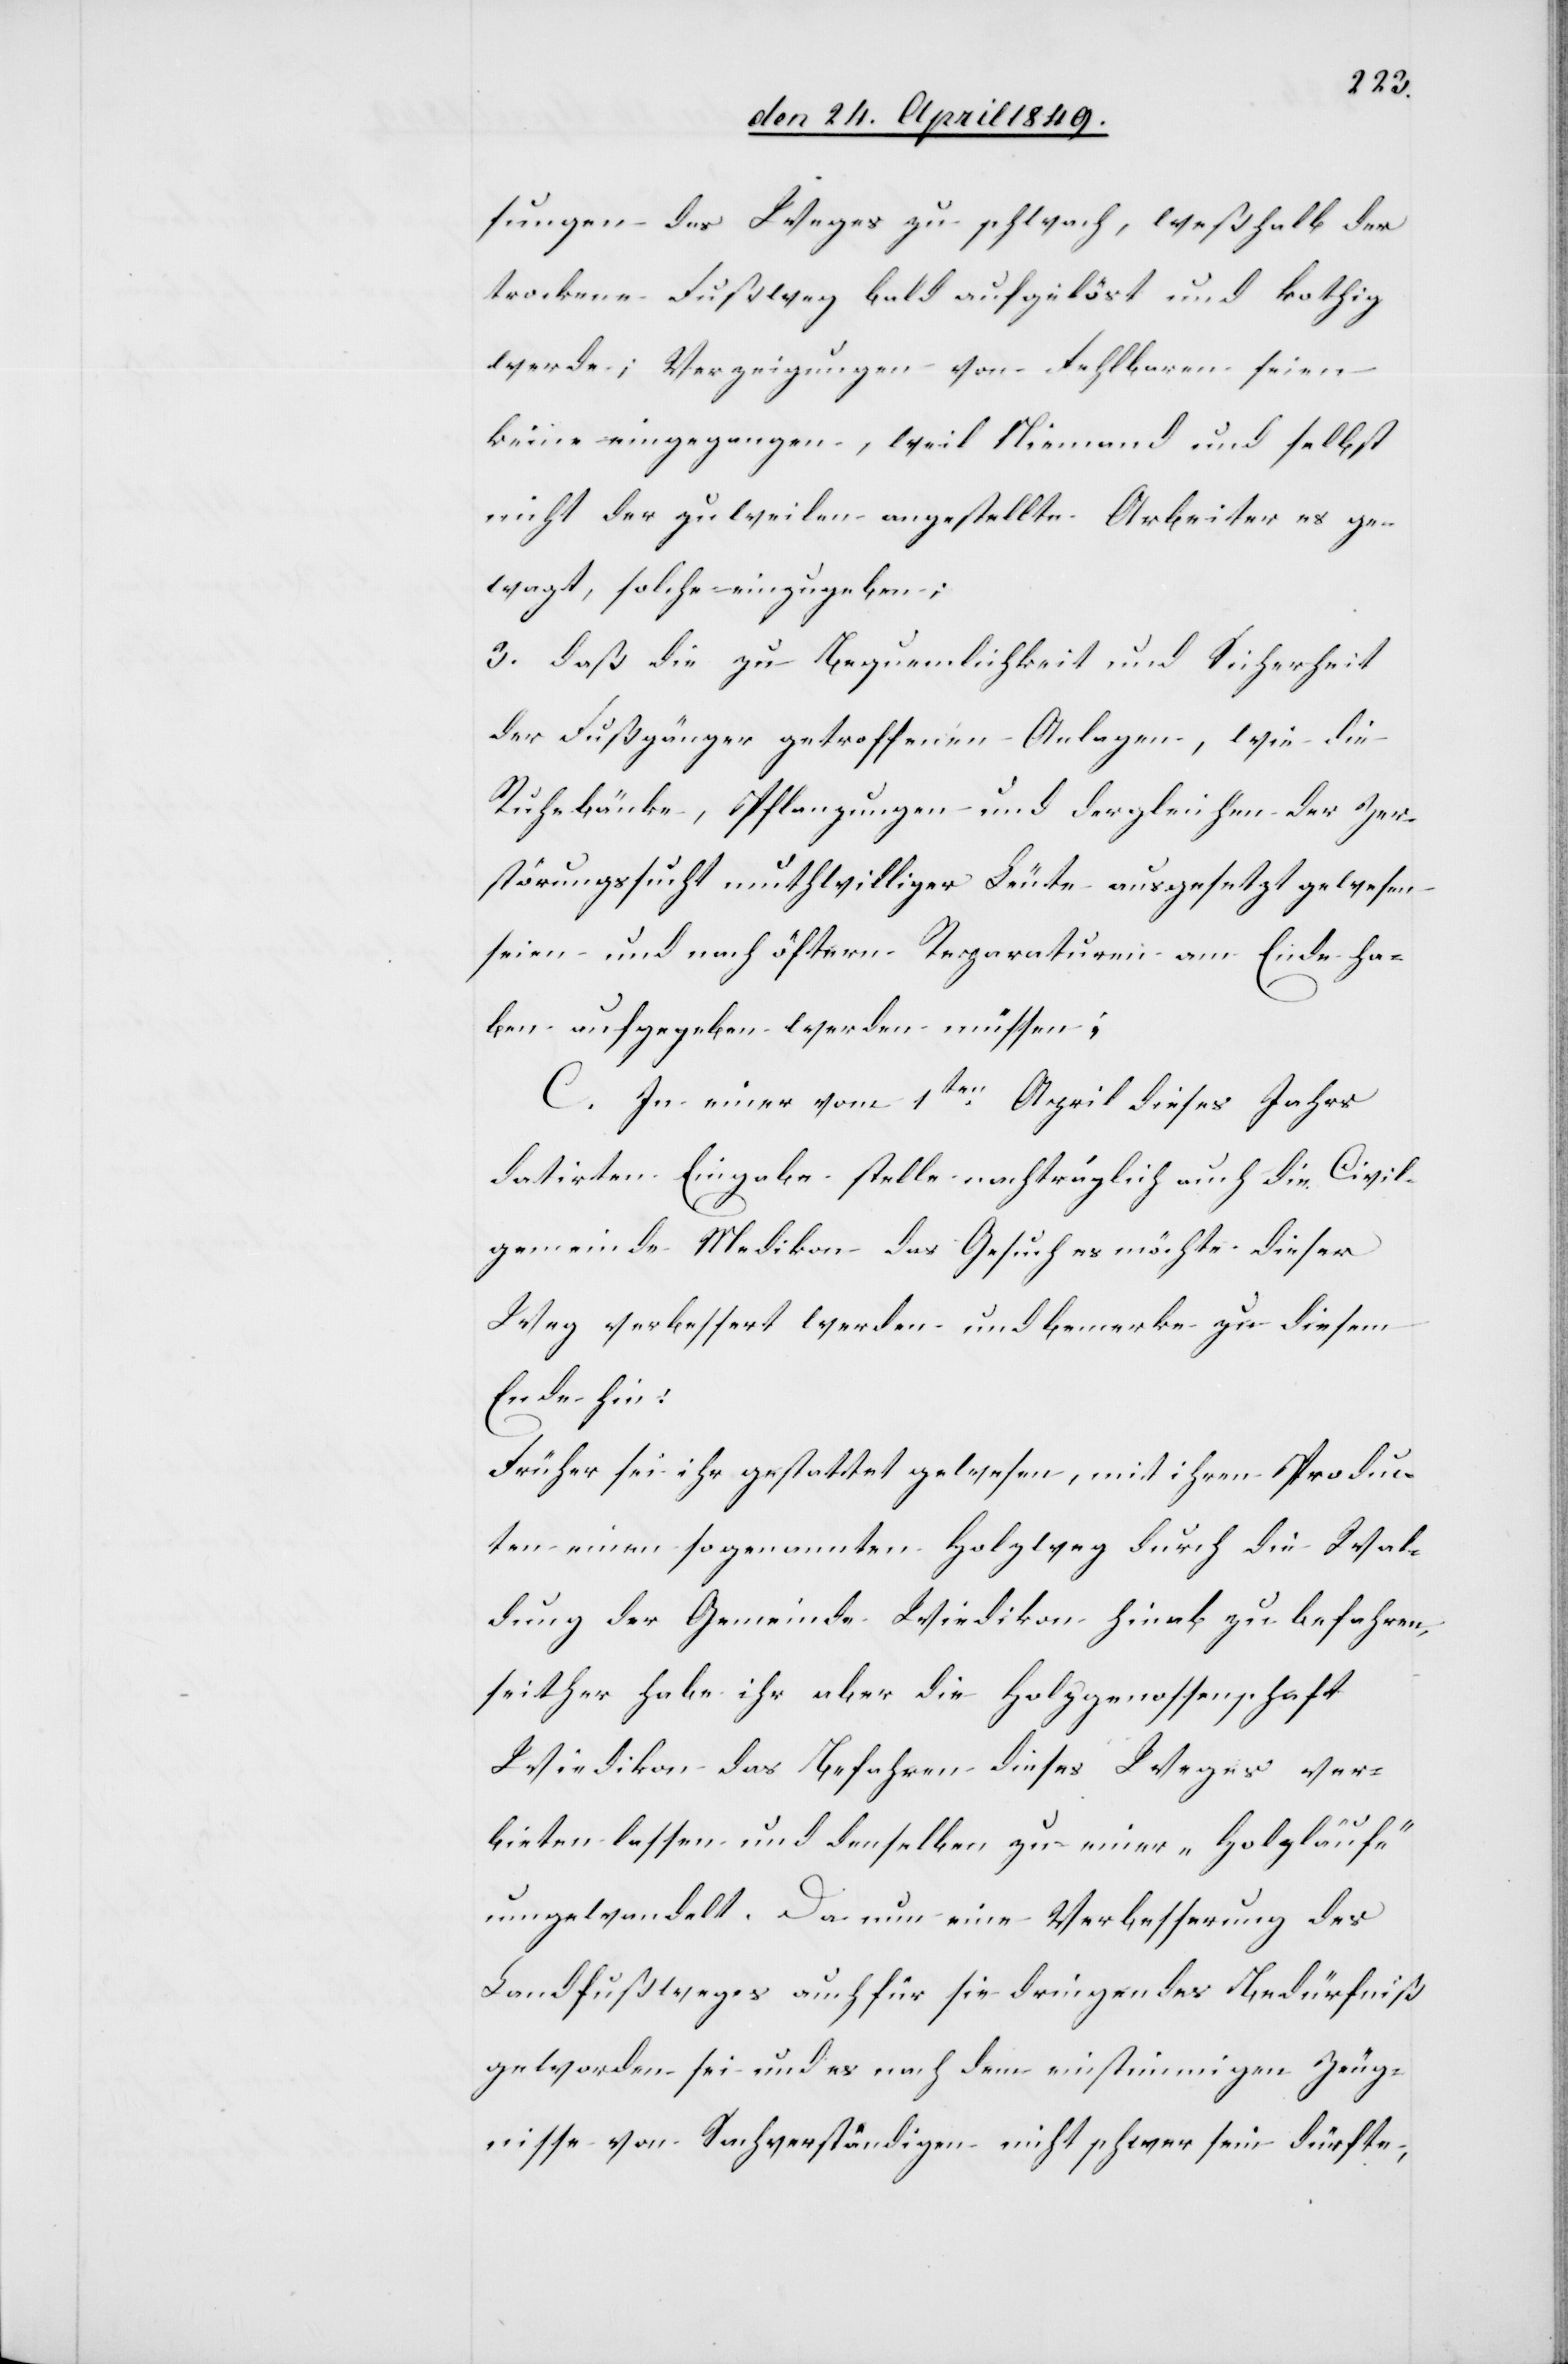
sungen des Weges zu schwach, weßhalb der
trockene Fußweg bald aufgelöst und kothig
werde; Verzeigungen von Fehlbaren seien
keine eingegangen, weil Niemand und selbst
nicht der zuweilen angestellte Arbeiter es ge¬
wagt, solche einzugeben;
3. daß die zu Bequemlichkeit und Sicherheit
der Fußgänger getroffenen Anlagen, wie die
Ruhebänke, Pflanzungen und dergleichen der Zer¬
störungssucht muthwilliger Leute ausgesetzt gewesen
seien und nach öftern Reparaturen am Ende ha¬
ben aufgegeben werden müssen;
C. In einer vom 1ten April dieses Jahres
datirten Eingabe stelle nachträglich auch die Civil¬
gemeinde Medikon das Gesuch es möchte dieser
Weg verbessert werden und bemerke zu diesem
Ende hin:
Früher sei ihr gestattet gewesen, mit ihren Produ¬
cten einen sogenannten Holzweg durch die Wal¬
dung der Gemeinde Wiedikon hinab zu befahren,
seither habe ihr aber die Holzgenossenschaft
Wiedikon das Befahren dieses Weges ver¬
bieten lassen und denselben zu einer „Holzlaufe“
umgewandelt. Da nun eine Verbesserung des
Landfußweges auch für sie dringendes Bedürfniß
geworden sei und es nach dem einstimmigen Zeug¬
nisse von Sachverständigen nicht schwer sein dürfte,